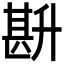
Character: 𭅧